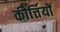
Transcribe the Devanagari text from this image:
कीर्त्तियों